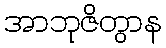
အာဘုဇိတွာန